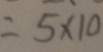
= 5 \times 1 0